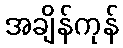
အချိန်ကုန်